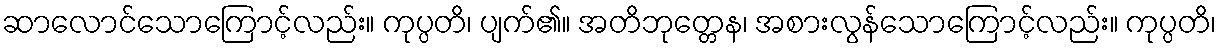
ဆာလောင်သောကြောင့်လည်း။ ကုပ္ပတိ၊ ပျက်၏။ အတိဘုတ္တေန၊ အစားလွန်သောကြောင့်လည်း။ ကုပ္ပတိ၊